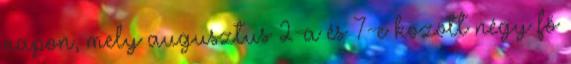
napon, mely augusztus 2-a és 7-e között négy fő